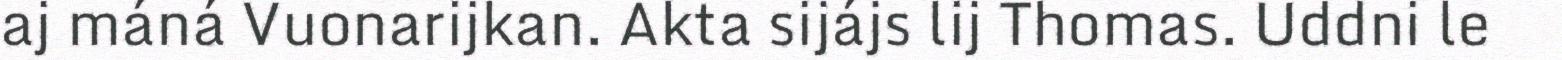
aj máná Vuonarijkan. Akta sijájs lij Thomas. Uddni le